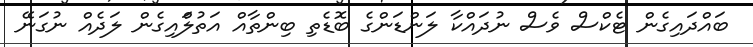
ބައްދައިގެން ޓެކްސް ވެސް ނުދައްކާ ލަންޑަންގެ ބޮޑެތި ބިންތާއް އަތުލަްއިގެން ލަދެއް ނުގަނޭ